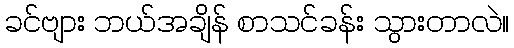
ခင်ဗျား ဘယ်အချိန် စာသင်ခန်း သွားတာလဲ။